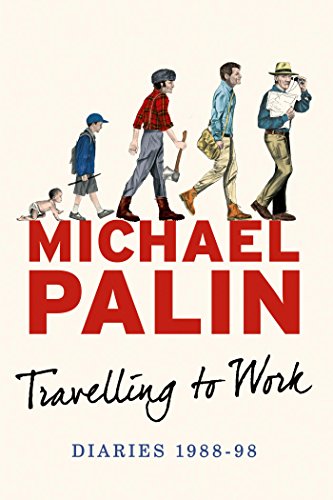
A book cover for Travelling to Work: Diaries 1988--1998 (Michael Palin Diaries); Michael Palin; Literature & Fiction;